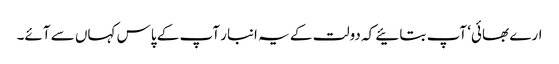
ارے بھائی‘ آپ بتائیے کہ دولت کے یہ انبار آپ کے پاس کہاں سے آئے۔